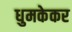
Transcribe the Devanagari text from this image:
धुमकेकर